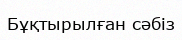
Бұқтырылған сәбіз